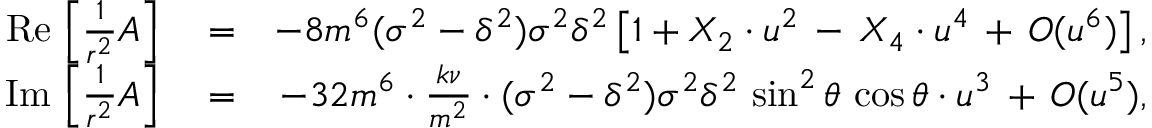
\begin{array} { r l r } { \mathrm { R e } \, \left[ \frac { 1 } { r ^ { 2 } } A \right] } & { { } = } & { - 8 m ^ { 6 } ( \sigma ^ { 2 } - \delta ^ { 2 } ) \sigma ^ { 2 } \delta ^ { 2 } \left[ 1 + X _ { 2 } \cdot u ^ { 2 } \, - \, X _ { 4 } \cdot u ^ { 4 } \, + \, { \cal O } ( u ^ { 6 } ) \right] , } \\ { \mathrm { I m } \, \left[ \frac { 1 } { r ^ { 2 } } A \right] } & { { } = } & { - 3 2 m ^ { 6 } \cdot \frac { k \nu } { m ^ { 2 } } \cdot ( \sigma ^ { 2 } - \delta ^ { 2 } ) \sigma ^ { 2 } \delta ^ { 2 } \, \sin ^ { 2 } \theta \, \cos \theta \cdot u ^ { 3 } \, + \, { \cal O } ( u ^ { 5 } ) , } \end{array}